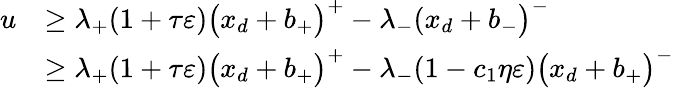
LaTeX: \begin{array}{rl}{u}&{\ge\lambda_{+}(1+\tau\varepsilon)\bigl(x_{d}+b_{+}\bigr)^{+}-\lambda_{-}(x_{d}+b_{-}\bigr)^{-}}\\ &{\ge\lambda_{+}(1+\tau\varepsilon)\bigl(x_{d}+b_{+}\bigr)^{+}-\lambda_{-}(1-c_{1}\eta\varepsilon)\bigl(x_{d}+b_{+}\bigr)^{-}}\end{array}